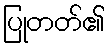
ပြုတတ်၏